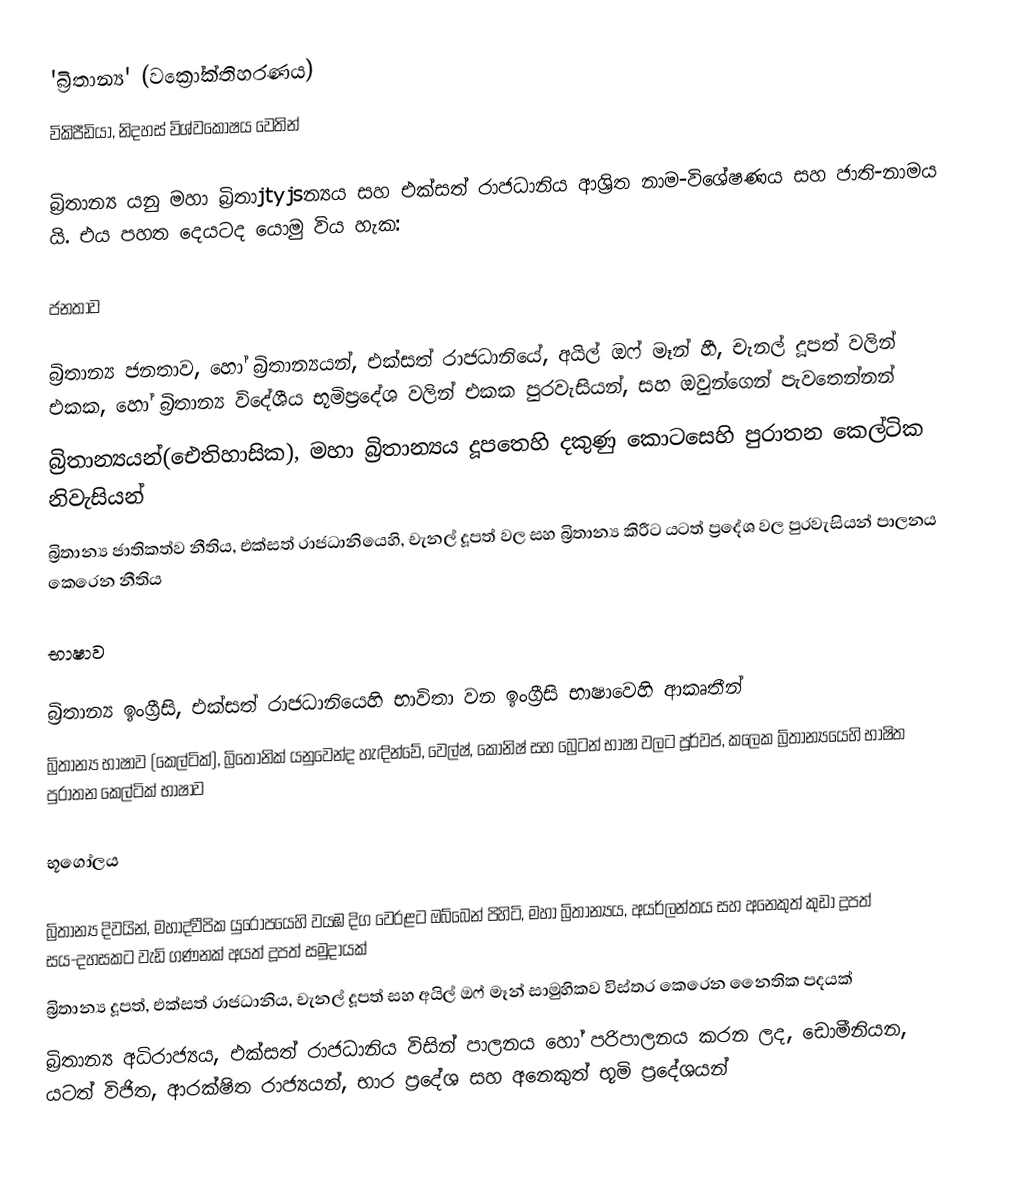
'බ්‍රිතාන්‍ය'  (වක්‍රෝක්තිහරණය)
විකිපීඩියා, නිදහස් විශ්වකෝෂය වෙතින්

බ්‍රිතාන්‍ය යනු මහා බ්‍රිතාjtyjsන්‍යය සහ එක්සත් රාජධානිය ආශ්‍රිත නාම-විශේෂණය සහ ජාති-නාමය යි. එය පහත දෙයටද යොමු විය හැක:

ජනතාව

    බ්‍රිතාන්‍ය ජනතාව, හෝ බ්‍රිතාන්‍යයන්, එක්සත් රාජධානියේ, අයිල් ඔෆ් මෑන් හී, චැනල් දූපත් වලින් එකක, හෝ බ්‍රිතාන්‍ය විදේශීය භූමිප්‍රදේශ වලින් එකක පුරවැසියන්, සහ ඔවුන්ගෙන් පැවතෙන්නන්
    බ්‍රිතාන්‍යයන්(‍ඓතිහාසික), මහා බ්‍රිතාන්‍යය දූපතෙහි දකුණු කොටසෙහි පුරාතන කෙල්ටික නිවැසියන්
    බ්‍රිතාන්‍ය ජාතිකත්ව නීතිය, එක්සත් රාජධානියෙහි, චැනල් දූපත් වල සහ බ්‍රිතාන්‍ය කිරීට යටත් ප්‍රදේශ වල පුරවැසියන් පාලනය කෙරෙන නීතිය

භාෂාව

    බ්‍රිතාන්‍ය ඉංග්‍රීසි, එක්සත් රාජධානියෙහි භාවිතා වන ඉංග්‍රීසි භාෂාවෙහි ආකෘතීන්
    බ්‍රිතාන්‍ය භාෂාව (කෙල්ටික්), බ්‍රිතොනික් යනුවෙන්ද හැඳින්වේ, වෙල්ෂ්, කෝනිෂ් සහ බ්‍රෙටන් භාෂා වලට පූර්වජ, කලෙක බ්‍රිතාන්‍යයෙහි භාෂිත පුරාතන කෙල්ටික් භාෂාව

භූගෝලය

    බ්‍රිතාන්‍ය දිවයින්, මහාද්වීපික යුරෝපයෙහි වයඹ දිග වෙරළට ඔබ්බෙන් පිහිටි, මහා බ්‍රිතාන්‍යය, අයර්ලන්තය සහ අනෙකුත් කුඩා දූපත් සය-දහසකට වැඩි ගණනක් අයත් දූපත් සමුදායක්
    බ්‍රිතාන්‍ය දූපත්, එක්සත් රාජධානිය, චැනල් දූපත් සහ අයිල් ඔෆ් මෑන් සාමුහිකව විස්තර කෙරෙන නෛතික පදයක්
    බ්‍රිතාන්‍ය අධිරාජ්‍යය, එක්සත් රාජධානිය විසින් පාලනය හෝ පරිපාලනය කරන ලද, ඩොමීනියන, යටත් විජිත, ආරක්ෂිත රාජ්‍යයන්, භාර ප්‍රදේශ සහ අනෙකුත් භූමි ප්‍රදේශයන්